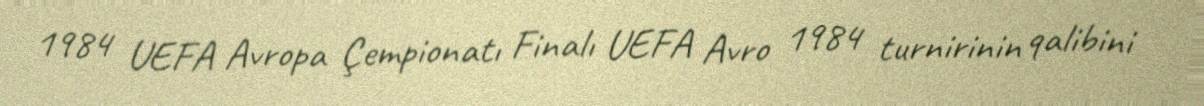
1984 UEFA Avropa Çempionatı Finalı UEFA Avro 1984 turnirinin qalibini